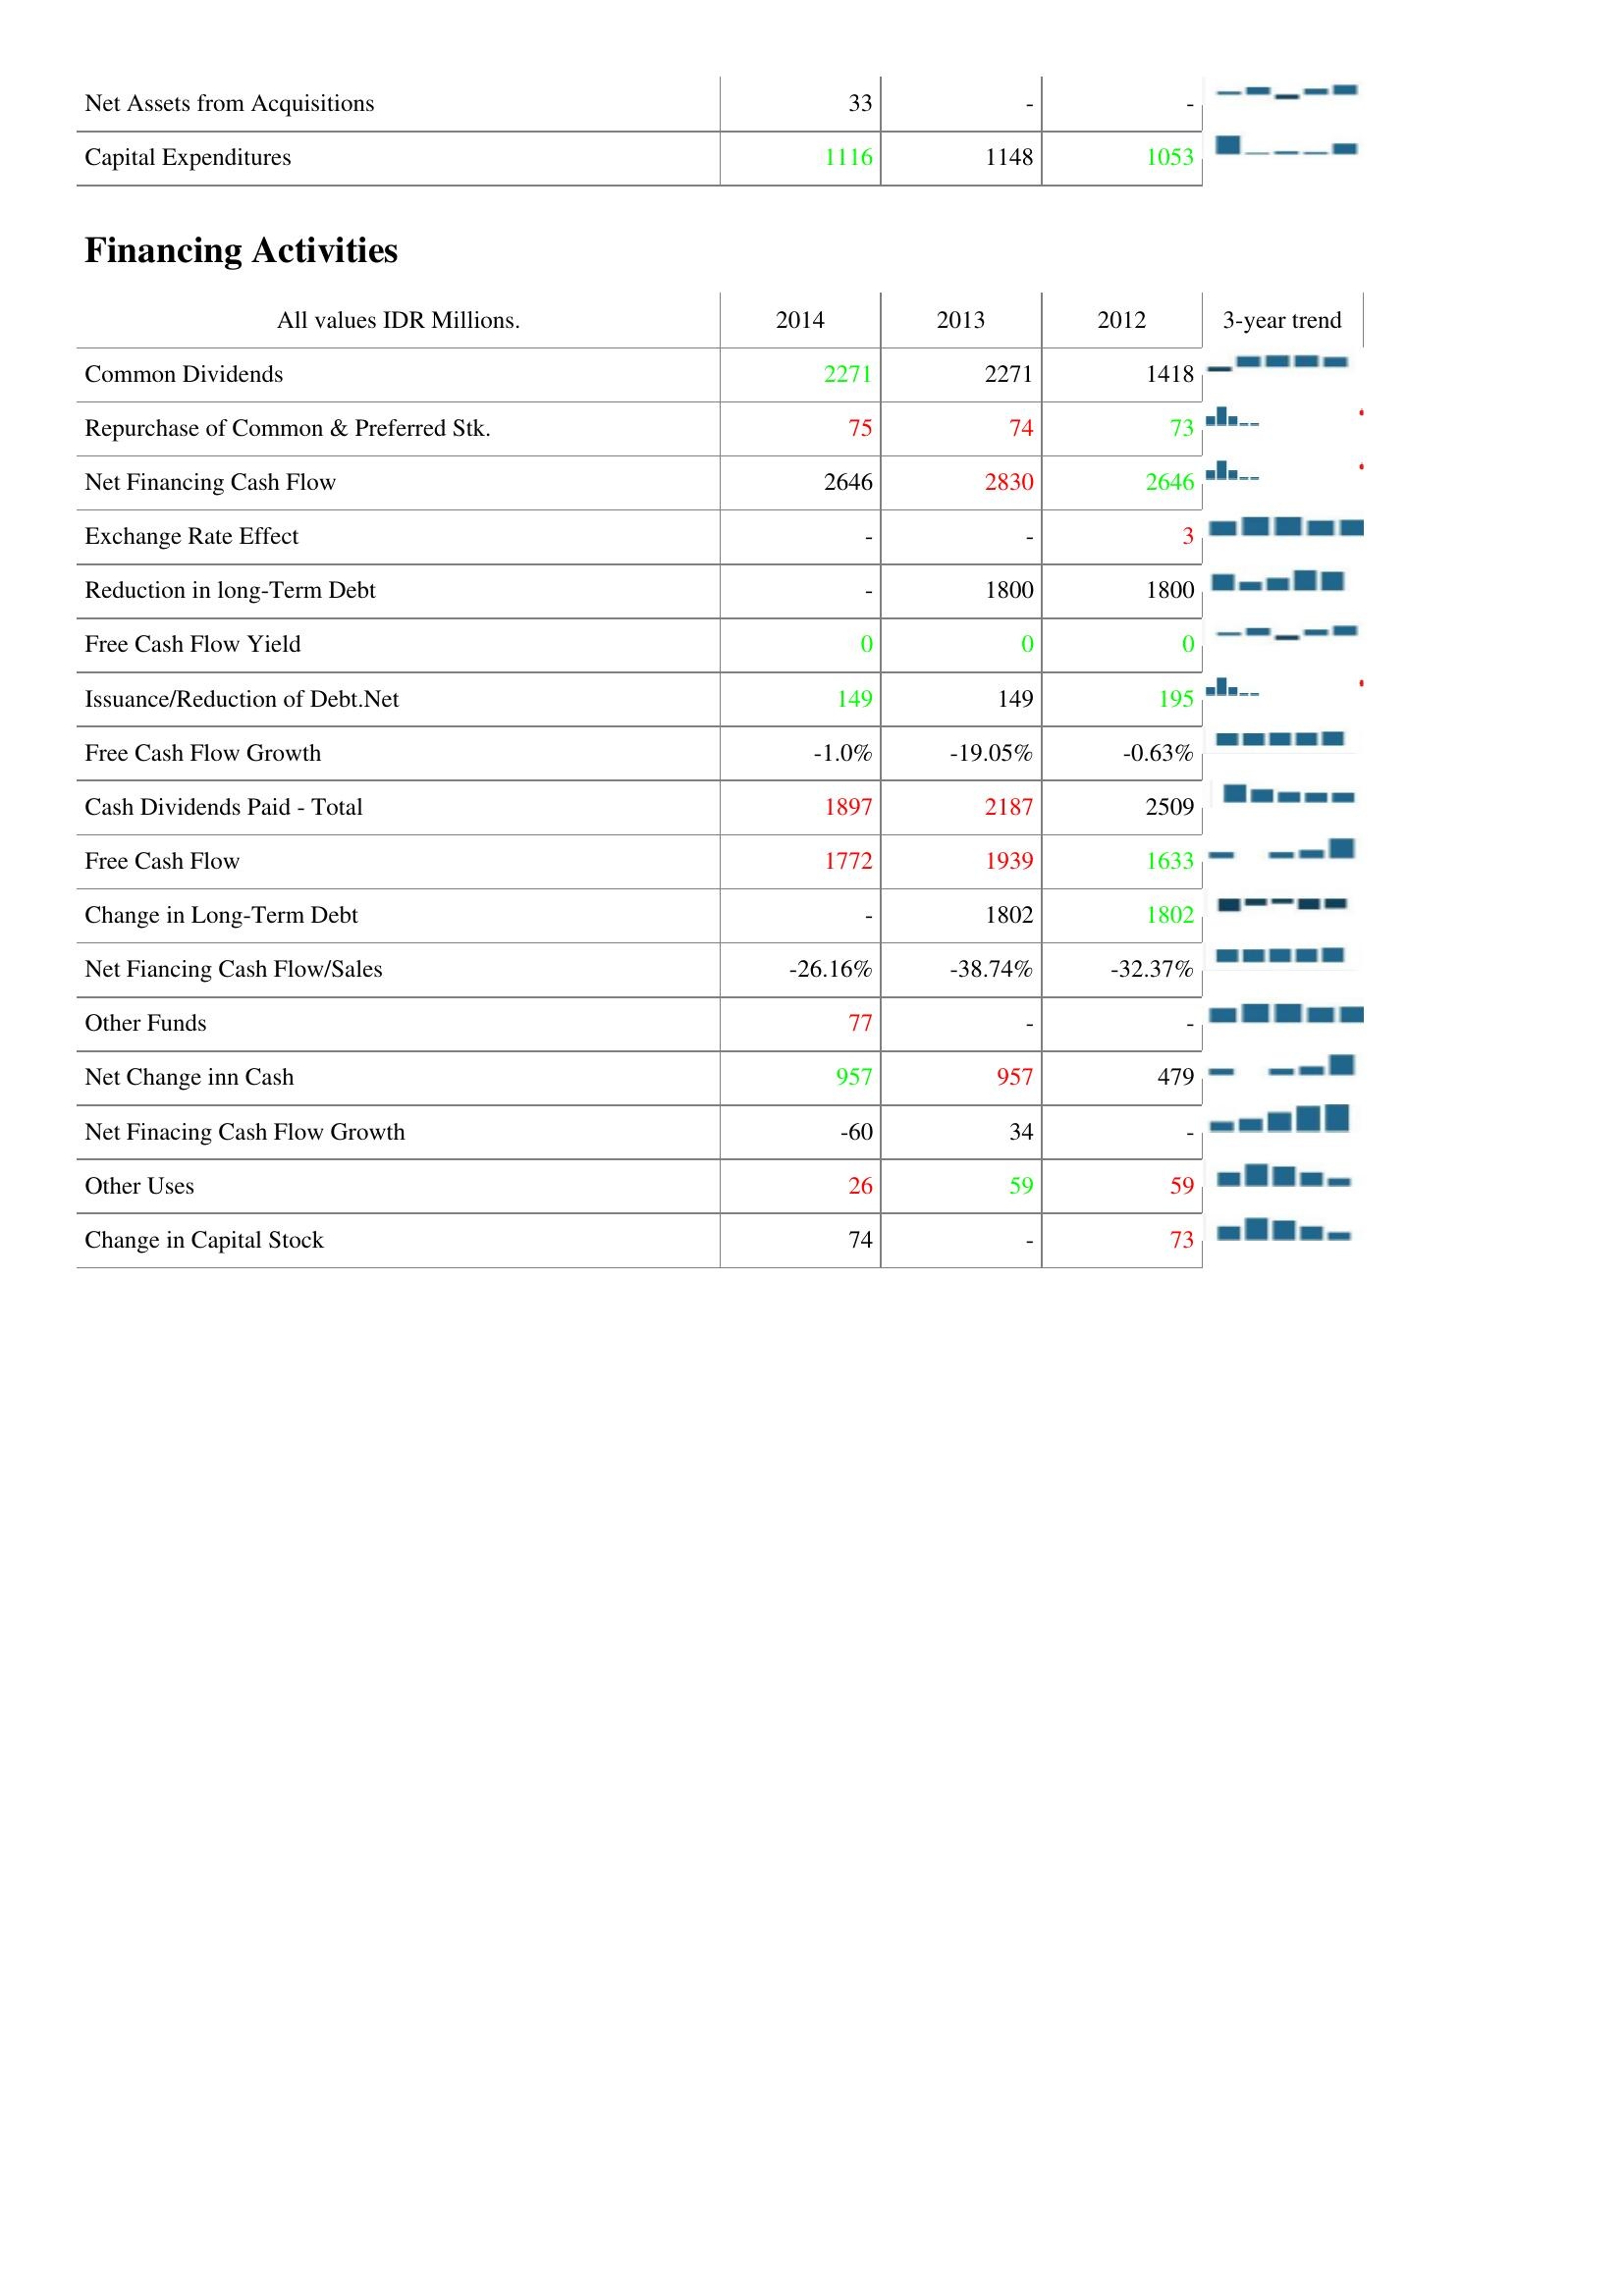
2014: Investing Activities: Net Assets from Acquisitions: 33
Capital Expenditures: 1116
Financing Activities: Common Dividends: 2271
Repurchase of Common & Preferred Stk.: 75
Net Financing Cash Flow: 2646
Exchange Rate Effect: -
Reduction in long-Term Debt: -
Free Cash Flow Yield: 0
Issuance/Reduction of Debt.Net: 149
Free Cash Flow Growth: -1.0%
Cash Dividends Paid - Total: 1897
Free Cash Flow: 1772
Change in Long-Term Debt: -
Net Fiancing Cash Flow/Sales: -26.16%
Other Funds: 77
Net Change inn Cash: 957
Net Finacing Cash Flow Growth: -60
Other Uses: 26
Change in Capital Stock: 74
2013: Investing Activities: Net Assets from Acquisitions: -
Capital Expenditures: 1148
Financing Activities: Common Dividends: 2271
Repurchase of Common & Preferred Stk.: 74
Net Financing Cash Flow: 2830
Exchange Rate Effect: -
Reduction in long-Term Debt: 1800
Free Cash Flow Yield: 0
Issuance/Reduction of Debt.Net: 149
Free Cash Flow Growth: -19.05%
Cash Dividends Paid - Total: 2187
Free Cash Flow: 1939
Change in Long-Term Debt: 1802
Net Fiancing Cash Flow/Sales: -38.74%
Other Funds: -
Net Change inn Cash: 957
Net Finacing Cash Flow Growth: 34
Other Uses: 59
Change in Capital Stock: -
2012: Investing Activities: Net Assets from Acquisitions: -
Capital Expenditures: 1053
Financing Activities: Common Dividends: 1418
Repurchase of Common & Preferred Stk.: 73
Net Financing Cash Flow: 2646
Exchange Rate Effect: 3
Reduction in long-Term Debt: 1800
Free Cash Flow Yield: 0
Issuance/Reduction of Debt.Net: 195
Free Cash Flow Growth: -0.63%
Cash Dividends Paid - Total: 2509
Free Cash Flow: 1633
Change in Long-Term Debt: 1802
Net Fiancing Cash Flow/Sales: -32.37%
Other Funds: -
Net Change inn Cash: 479
Net Finacing Cash Flow Growth: -
Other Uses: 59
Change in Capital Stock: 73